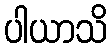
ပါယာသိ